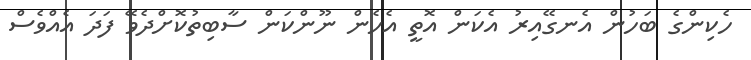
ހެކިންގެ ބަހުން އެނގޭއިރު އެކަން އޮތީ އެހެން ނޫންކަން ސާބިތުކޮށްދެވޭ ފަދަ އެއްވެސް